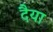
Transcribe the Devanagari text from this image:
दैया